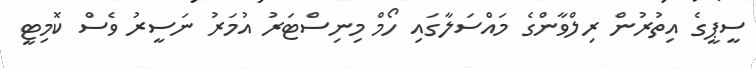
ސީޕީގެ އިތުރުން ރިލްވާންގެ މައްސަލާގައި ހޯމް މިނިސްޓަރު އުމަރު ނަސީރު ވެސް ކޮމިޓީ